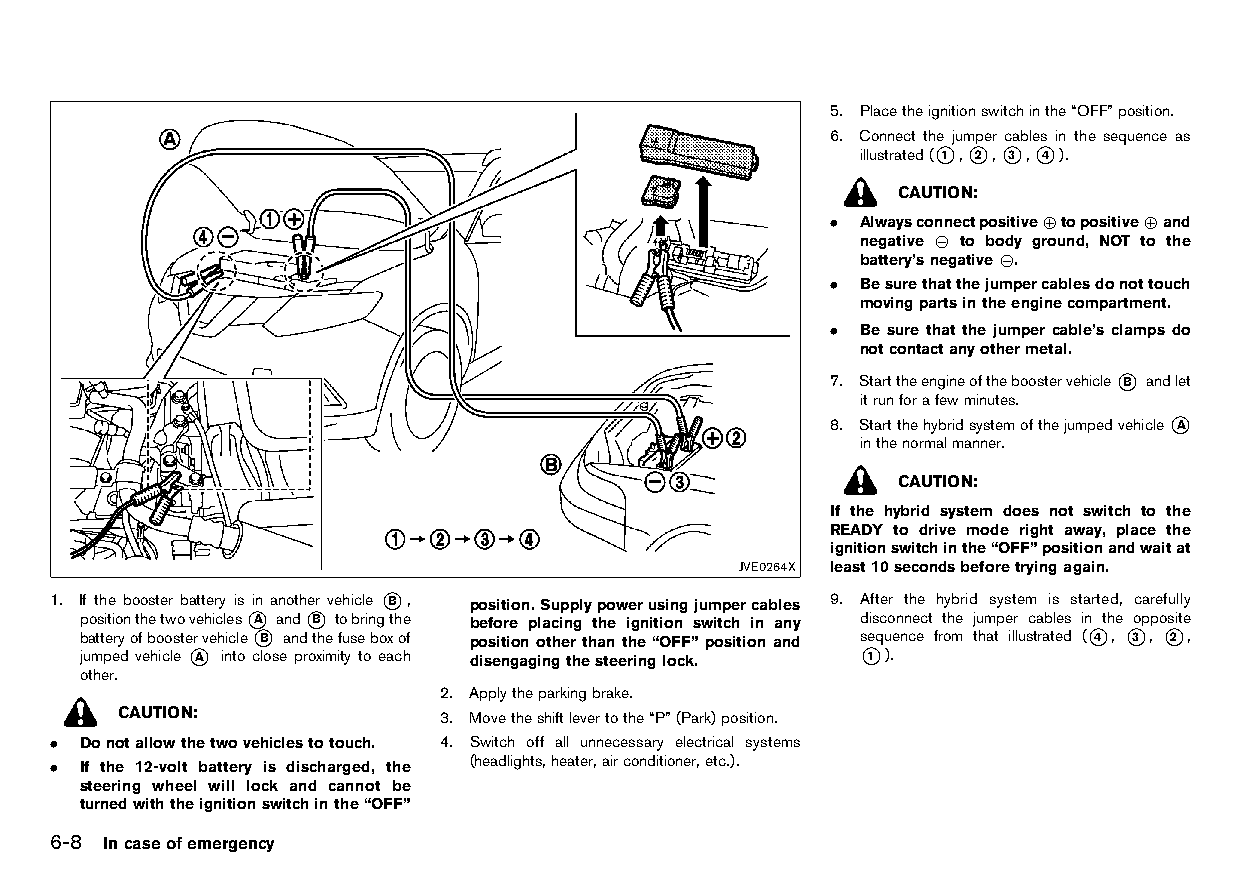
(230,1)
 5. Placetheignitionswitchinthe“OFF”position.
 6. Connect the jumper cables in the sequence as
 illustrated(*1 ,*2 ,*3 ,*4 ).
 CAUTION:
 . Alwaysconnectpositive+topositive+and
 negative 7 to body ground, NOT to the
 battery’snegative7.
 . Besurethatthejumpercablesdonottouch
 movingpartsintheenginecompartment.
 . Be sure that the jumper cable’s clamps do
 notcontactanyothermetal.
 7. Starttheengineoftheboostervehicle*B andlet
 itrunforafewminutes.
 8. Startthehybridsystemofthejumpedvehicle*A
 inthenormalmanner.
 CAUTION:
 If the hybrid system does not switch to the
 READY to drive mode right away, place the
 ignitionswitchinthe“OFF”positionandwaitat
 JVE0264X least10secondsbeforetryingagain.
 1. If the booster battery is in another vehicle *B , position.Supplypowerusingjumpercables 9. After the hybrid system is started, carefully
 positionthetwovehicles*A and*B tobringthe before placing the ignition switch in any disconnect the jumper cables in the opposite
 batteryofboostervehicle*B andthefuseboxof position otherthanthe“OFF”position and sequence from that illustrated (*4 , *3 , *2 ,
 jumped vehicle *A into close proximity to each disengagingthesteeringlock. *1 ).
 other.
 2. Applytheparkingbrake.
 CAUTION:             3. Movetheshiftlevertothe“P”(Park)position.
 . Donotallowthetwovehiclestotouch. 4. Switch off all unnecessary electrical systems
 . If the 12-volt battery is discharged, the (headlights,heater,airconditioner,etc.).
 steering wheel will lock and cannot be
 turnedwiththeignitionswitchinthe“OFF”
 6-8 Incaseofemergency
 Condition:                        [Edit:2015/8/24 Model: HT32-A]